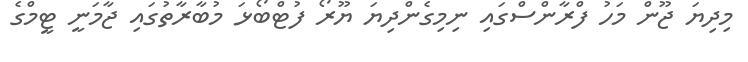
މިދިޔަ ޖޫން މަހު ފްރާންސްގައި ނިމިގެންދިޔަ ޔޫރޯ ފުޓްބޯޅަ މުބާރާތުގައި ޖާމަނީ ޓީމްގެ